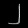
Digit: ၂